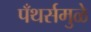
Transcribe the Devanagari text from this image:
पँथर्समुळे